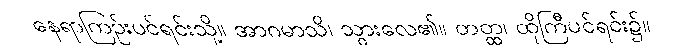
နေရာကြဉ်းပင်ရင်းသို့။ အာဂမာသိ၊ သွားလေ၏။ တတ္ထ၊ ထိုကြီပင်ရင်း၌။